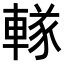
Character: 𨍨